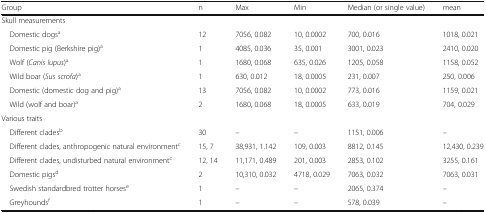
<table><thead><tr><td><b>Group</b></td><td><b>n</b></td><td><b>Max</b></td><td><b>Min</b></td><td><b>Median (or single value)</b></td><td><b>mean</b></td></tr></thead><tbody><tr><td colspan="6">Skull measurements</td></tr><tr><td> Domestic dogs<sup>a</sup></td><td>12</td><td>7056, 0.082</td><td>10, 0.0002</td><td>700, 0.016</td><td>1018, 0.021</td></tr><tr><td> Domestic pig (Berkshire pig)<sup>a</sup></td><td>1</td><td>4085, 0.036</td><td>35, 0.001</td><td>3001, 0.023</td><td>2410, 0.020</td></tr><tr><td> Wolf (<i>Canis lupus</i>)<sup>a</sup></td><td>1</td><td>1680, 0.068</td><td>635, 0.026</td><td>1205, 0.058</td><td>1158, 0.052</td></tr><tr><td> Wild boar (<i>Sus scrofa</i>)<sup>a</sup></td><td>1</td><td>630, 0.012</td><td>18, 0.0005</td><td>231, 0.007</td><td>250, 0.006</td></tr><tr><td> Domestic (domestic dog and pig)<sup>a</sup></td><td>13</td><td>7056, 0.082</td><td>10, 0.0002</td><td>773, 0.016</td><td>1159, 0.021</td></tr><tr><td> Wild (wolf and boar)<sup>a</sup></td><td>2</td><td>1680, 0.068</td><td>18, 0.0005</td><td>633, 0.019</td><td>704, 0.029</td></tr><tr><td colspan="6">Various traits</td></tr><tr><td> Different clades<sup>b</sup></td><td>30</td><td>–</td><td>–</td><td>1151, 0.006</td><td>–</td></tr><tr><td> Different clades, anthropogenic natural environment<sup>c</sup></td><td>15, 7</td><td>38,931, 1.142</td><td>109, 0.003</td><td>8812, 0.145</td><td>12,430, 0.239</td></tr><tr><td> Different clades, undisturbed natural environment<sup>c</sup></td><td>12, 14</td><td>11,171, 0.489</td><td>201, 0.003</td><td>2853, 0.102</td><td>3255, 0.161</td></tr><tr><td> Domestic pigs<sup>d</sup></td><td>2</td><td>10,310, 0.032</td><td>4718, 0.029</td><td>7063, 0.032</td><td>7063, 0.031</td></tr><tr><td> Swedish standardbred trotter horses<sup>e</sup></td><td>1</td><td>–</td><td>–</td><td>2065, 0.374</td><td>–</td></tr><tr><td> Greyhounds<sup>f</sup></td><td>1</td><td>–</td><td>–</td><td>578, 0.039</td><td>–</td></tr></tbody></table>